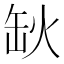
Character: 𦈦